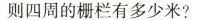
则四周的栅栏有多少米?